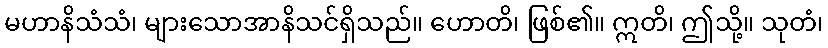
မဟာနိသံသံ၊ များသောအာနိသင်ရှိသည်။ ဟောတိ၊ ဖြစ်၏။ ဣတိ၊ ဤသို့။ သုတံ၊